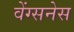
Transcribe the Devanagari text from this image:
वेंग्सनेस